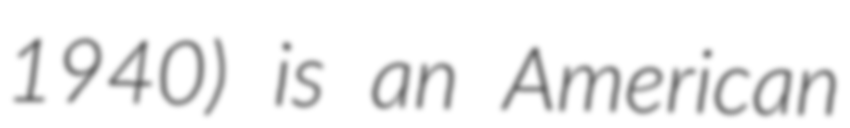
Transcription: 1940) is an American